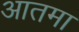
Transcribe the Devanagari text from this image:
आतमा